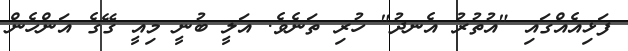
ފަޅިއެއްގައި "އުތުރު އެނދު" ހުރި ތަނެވެ. އަލީ ބުނީ މިއީ ގޭގެ އަންހެން